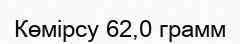
Көмірсу 62,0 грамм